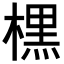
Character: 𣘸